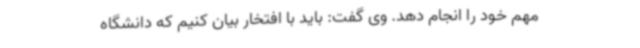
مهم خود را انجام دهد. وی گفت: باید با افتخار بیان کنیم که دانشگاه